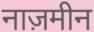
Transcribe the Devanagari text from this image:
नाज़मीन